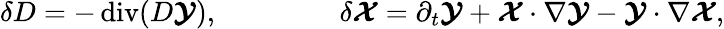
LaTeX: \delta D=-\operatorname{div}(D\boldsymbol{\cal Y}),\qquad\qquad\ \delta\boldsymbol{\cal X}=\partial_{t}\boldsymbol{\cal Y}+\boldsymbol{\cal X}\cdot\nabla\boldsymbol{\cal Y}-\boldsymbol{\cal Y}\cdot\nabla\boldsymbol{\cal X},